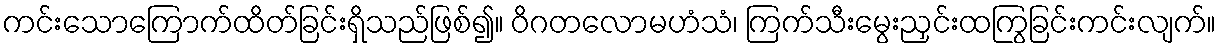
ကင်းသောကြောက်ထိတ်ခြင်းရှိသည်ဖြစ်၍။ ဝိဂတလောမဟံသံ၊ ကြက်သီးမွေးညှင်းထကြွခြင်းကင်းလျက်။